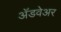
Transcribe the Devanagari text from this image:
अॅडवेअर